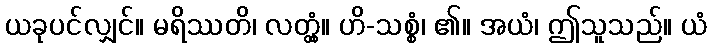
ယခုပင်လျှင်။ မရိဿတိ၊ လတ္တံ့။ ဟိ-သစ္စံ၊ ၏။ အယံ၊ ဤသူသည်။ ယံ